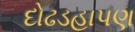
દોઢડહાપણ